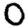
Digit: 0